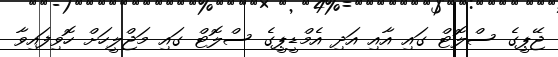
ޖޭޕީގެ ސްލޮޓް ގައި އާއި އަދި އެމްޑީޕީގެ ސްލޮޓް ގައި މަޖްލީހަށް ހޮވިފައިވާ